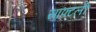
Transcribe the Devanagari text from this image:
सॉफ्टली